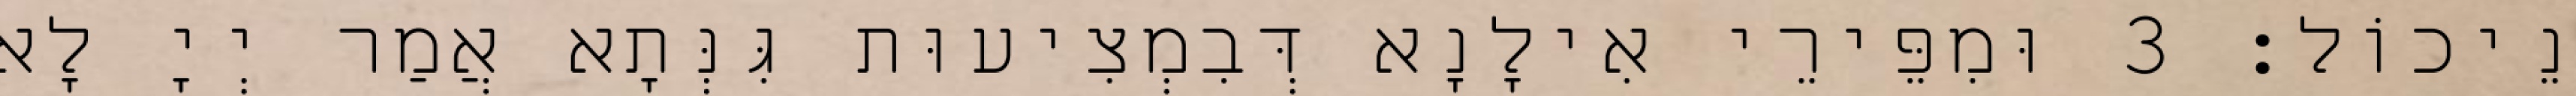
נֵיכוֹל׃ 3 וּמִפֵּירֵי אִילָנָא דְּבִמְצִיעוּת גִּנְּתָא אֲמַר יְיָ לָא